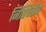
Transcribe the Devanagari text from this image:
निश्चितीचे